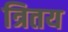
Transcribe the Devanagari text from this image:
त्रितय